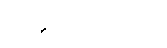
ပက္ကမိတဗ္ဗာတိ